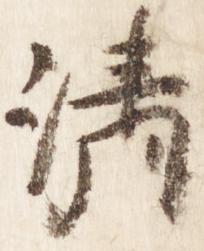
清